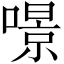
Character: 𠾶